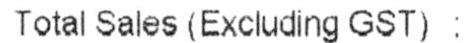
TOTAL SALES (EXCLUDING GST) :